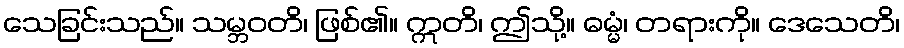
သေခြင်းသည်။ သမ္ဘဝတိ၊ ဖြစ်၏။ ဣတိ၊ ဤသို့။ ဓမ္မံ၊ တရားကို။ ဒေသေတိ၊